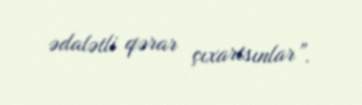
ədalətli qərar çıxartsınlar”.